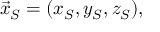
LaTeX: { \vec { x } } _ { S } = ( x _ { S } , y _ { S } , z _ { S } ) ,